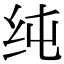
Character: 纯